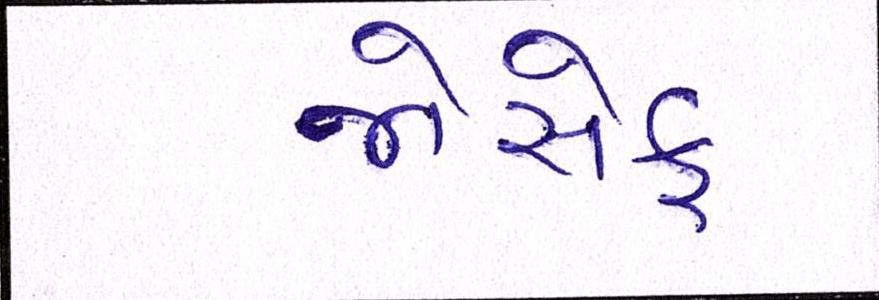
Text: જોસેફ